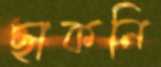
ছাকনি